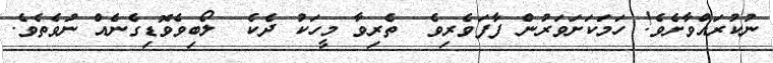
ނުކުރައްވާށެވެ! ހަމަކަށަވަރުން ފާފަވެރިވެ  ތެރިވާ މީހަކު ދެކެ  ލޯބިވެވޮޑިގެނެއް ނުވެތެވެ.